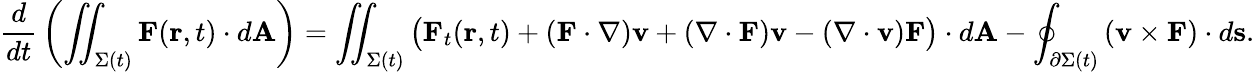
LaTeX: {\frac{d}{dt}}\left(\iint_{\Sigma(t)}\mathbf{F}(\mathbf{r},t)\cdot d\mathbf{A}\right)=\iint_{\Sigma(t)}{\big(}\mathbf{F}_{t}(\mathbf{r},t)+\left(\mathbf{F\cdot\nabla}\right)\mathbf{v}+\left(\nabla\cdot\mathbf{F}\right)\mathbf{v}-(\nabla\cdot\mathbf{v})\mathbf{F}{\big)}\cdot d\mathbf{A}-\oint_{\partial\Sigma(t)}\left(\mathbf{v}\times\mathbf{F}\right)\cdot d\mathbf{s}.